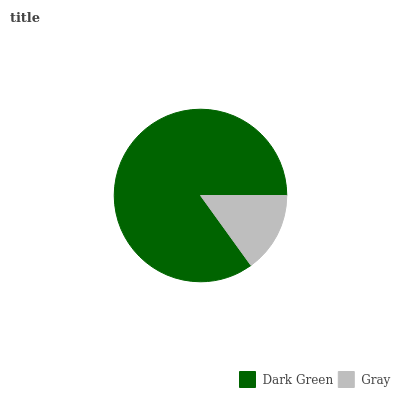
| Dark Green | Gray |
 | --- | --- |
 | 85% | 15% |